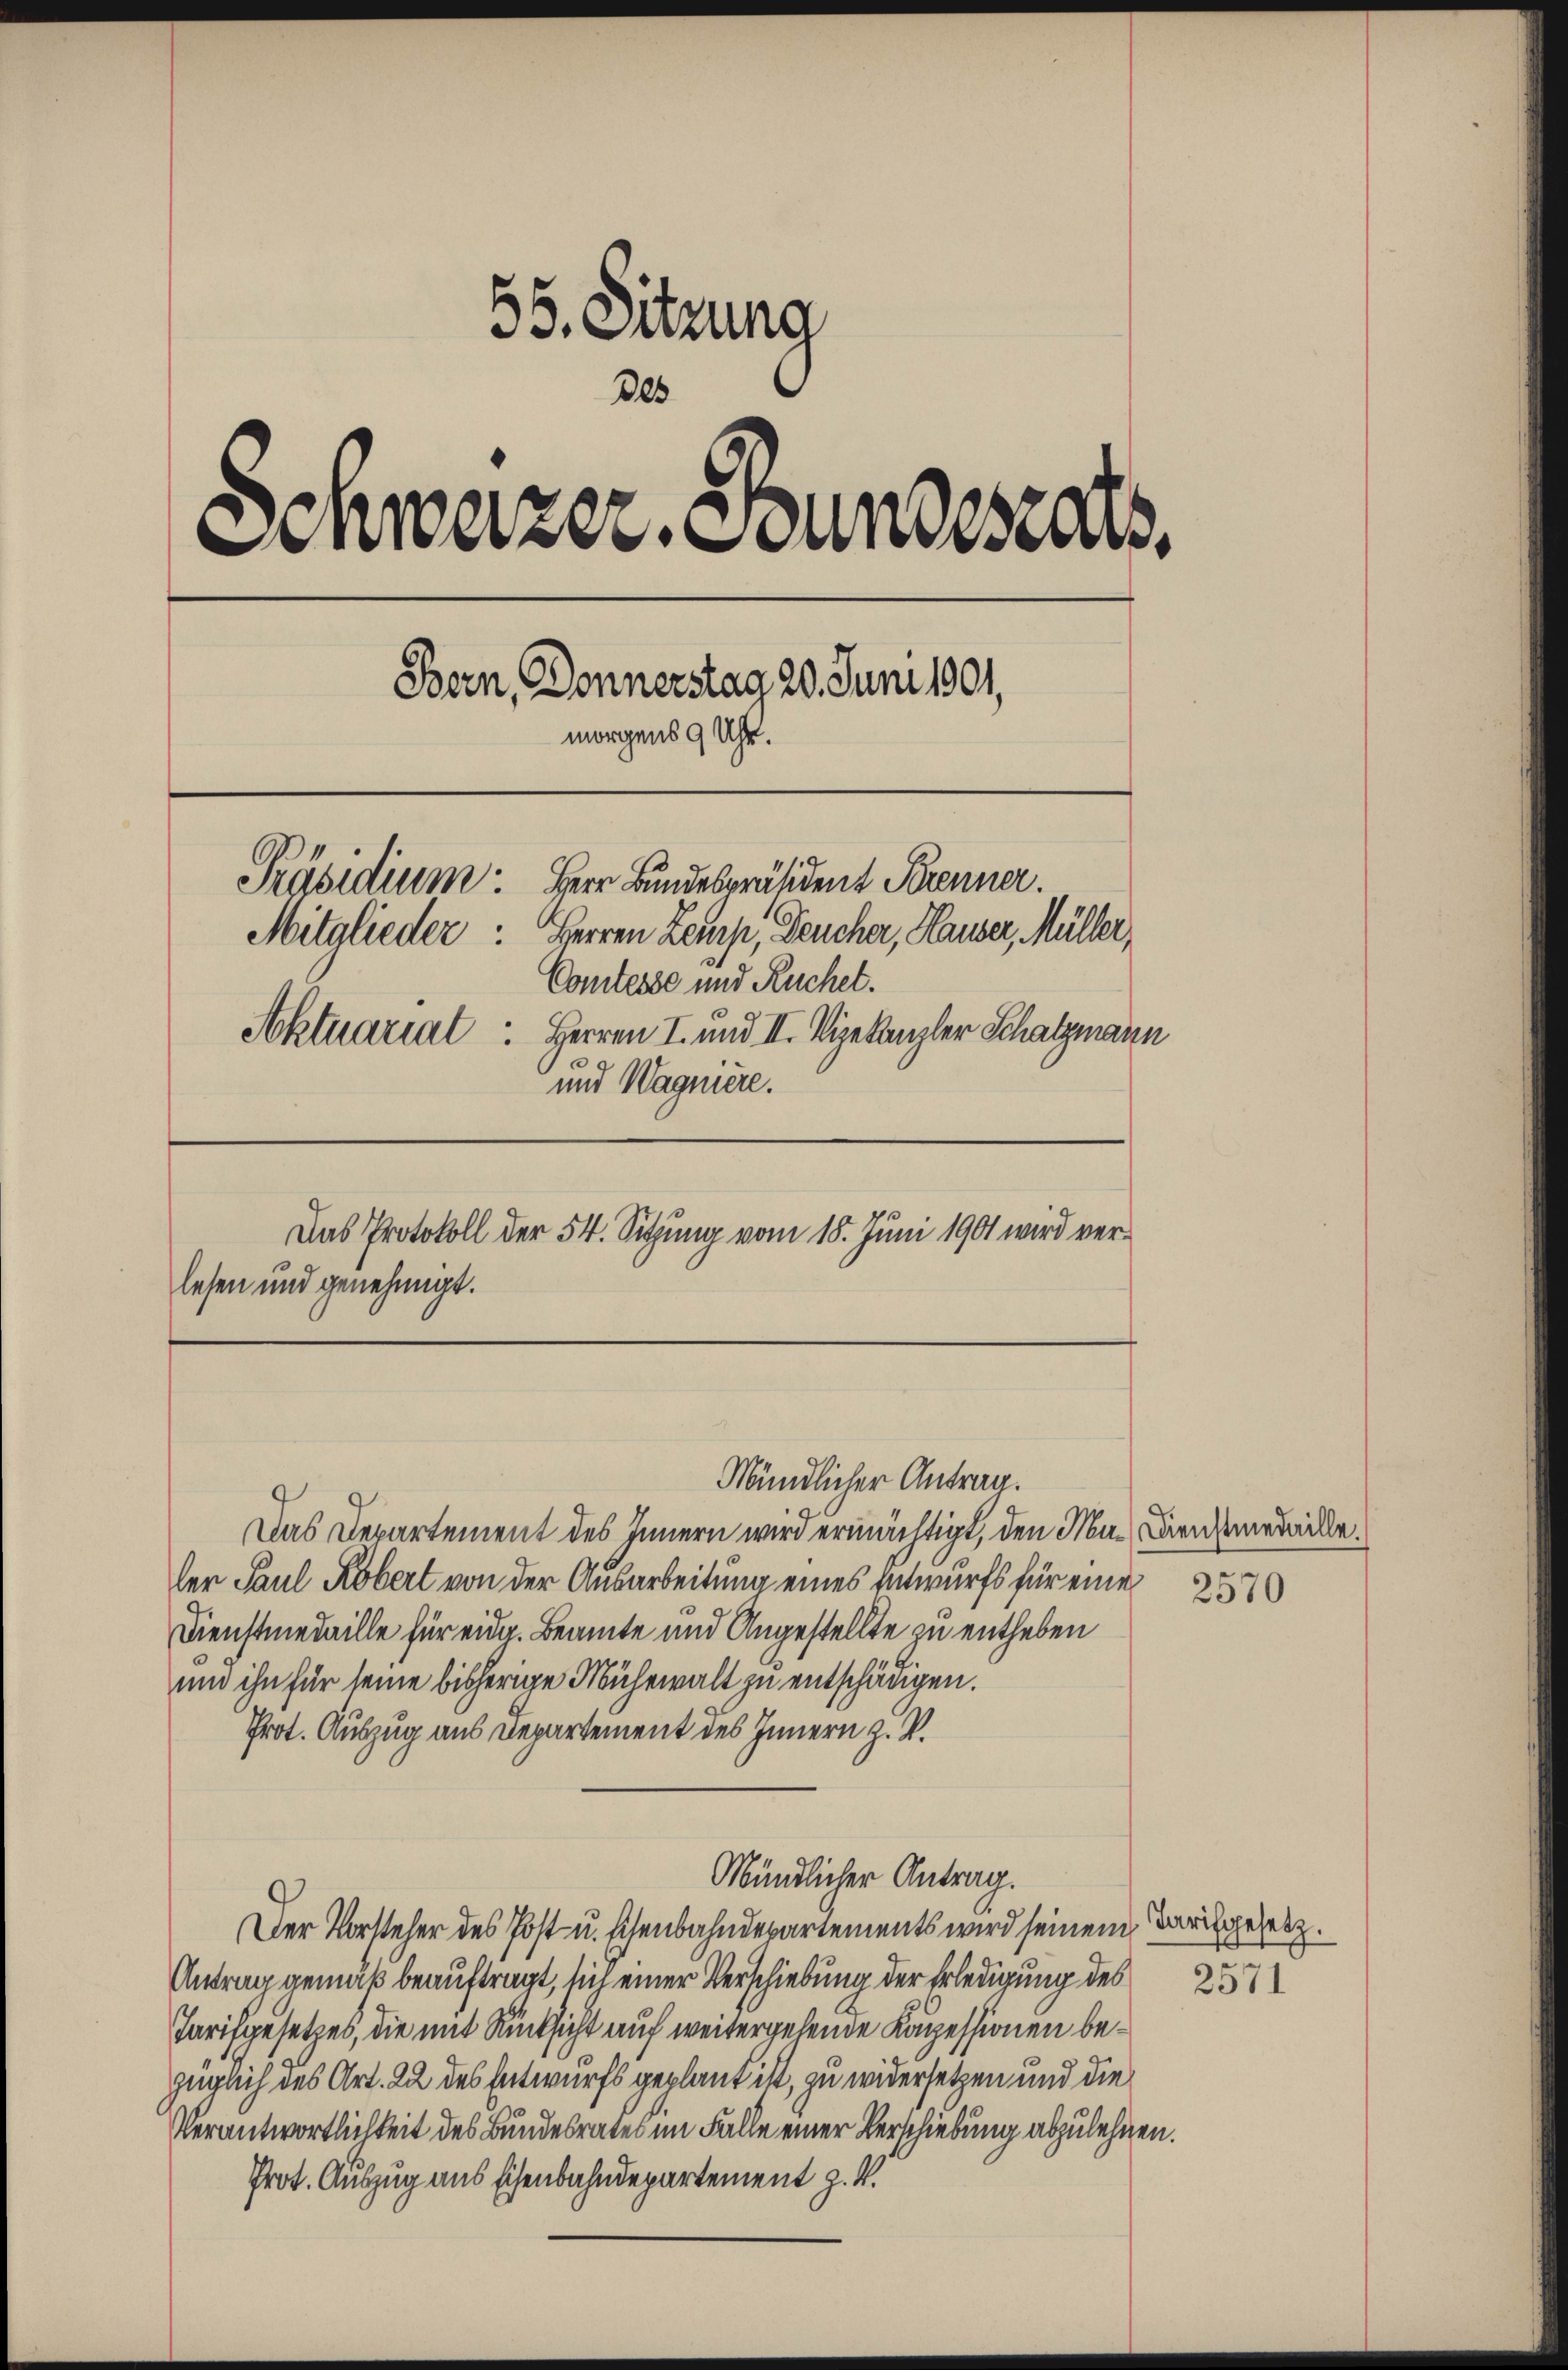
55. Sitzung
305
Einweizer, Stundesabs
Bern, Donnerstag 20. Juni 1901,
morgens 9 Uhr.
Präsidium.
Herr Bundespräsident Krenner.
Mitglieder: Herren Lemp, Deucher, Hauser, Müller,
Comtesse und Ruchet.
Aktuariat: Herren I. und III. Vizekanzler Schatzmann
und Wagniere.
Das Protokoll der 54. Sitzung vom 15. Juni 1901 wird verlesen und genehmigt.

Mündlicher Antrag.

Das Departement des Innern wird ermächtigt, den Ma- Dirnhamedailleler Paul Köbert von der Ausarbeitung eines Entwurfs für eine
Dienstmedaille für eidg. Beamte und Angestellte zu entheben
und ihn für seine bisherige Mühewalt zu entschädigen.
Prot. Auszug aus Departement des Innern z. V.
Mündlicher Antrag.
Der Vorsteher des Post u. Eisenbahndepartements wird seinem Tarikgesetz.
Antrag gemäß beauftragt, sich einer Verschiebung der Erledigung des
Tarifgesetzes, die mit Rücksicht auf weitergehende Kapessionen bezüglich des Art. 22 des Entwurfs geplant ist, zu widersetzen und die
Verantwortlichkeit des Bundesrates im Falle einer Verschiebung abzulehnen.
Prot. Auszug aus Eisenbahndepartement z. B.

2570